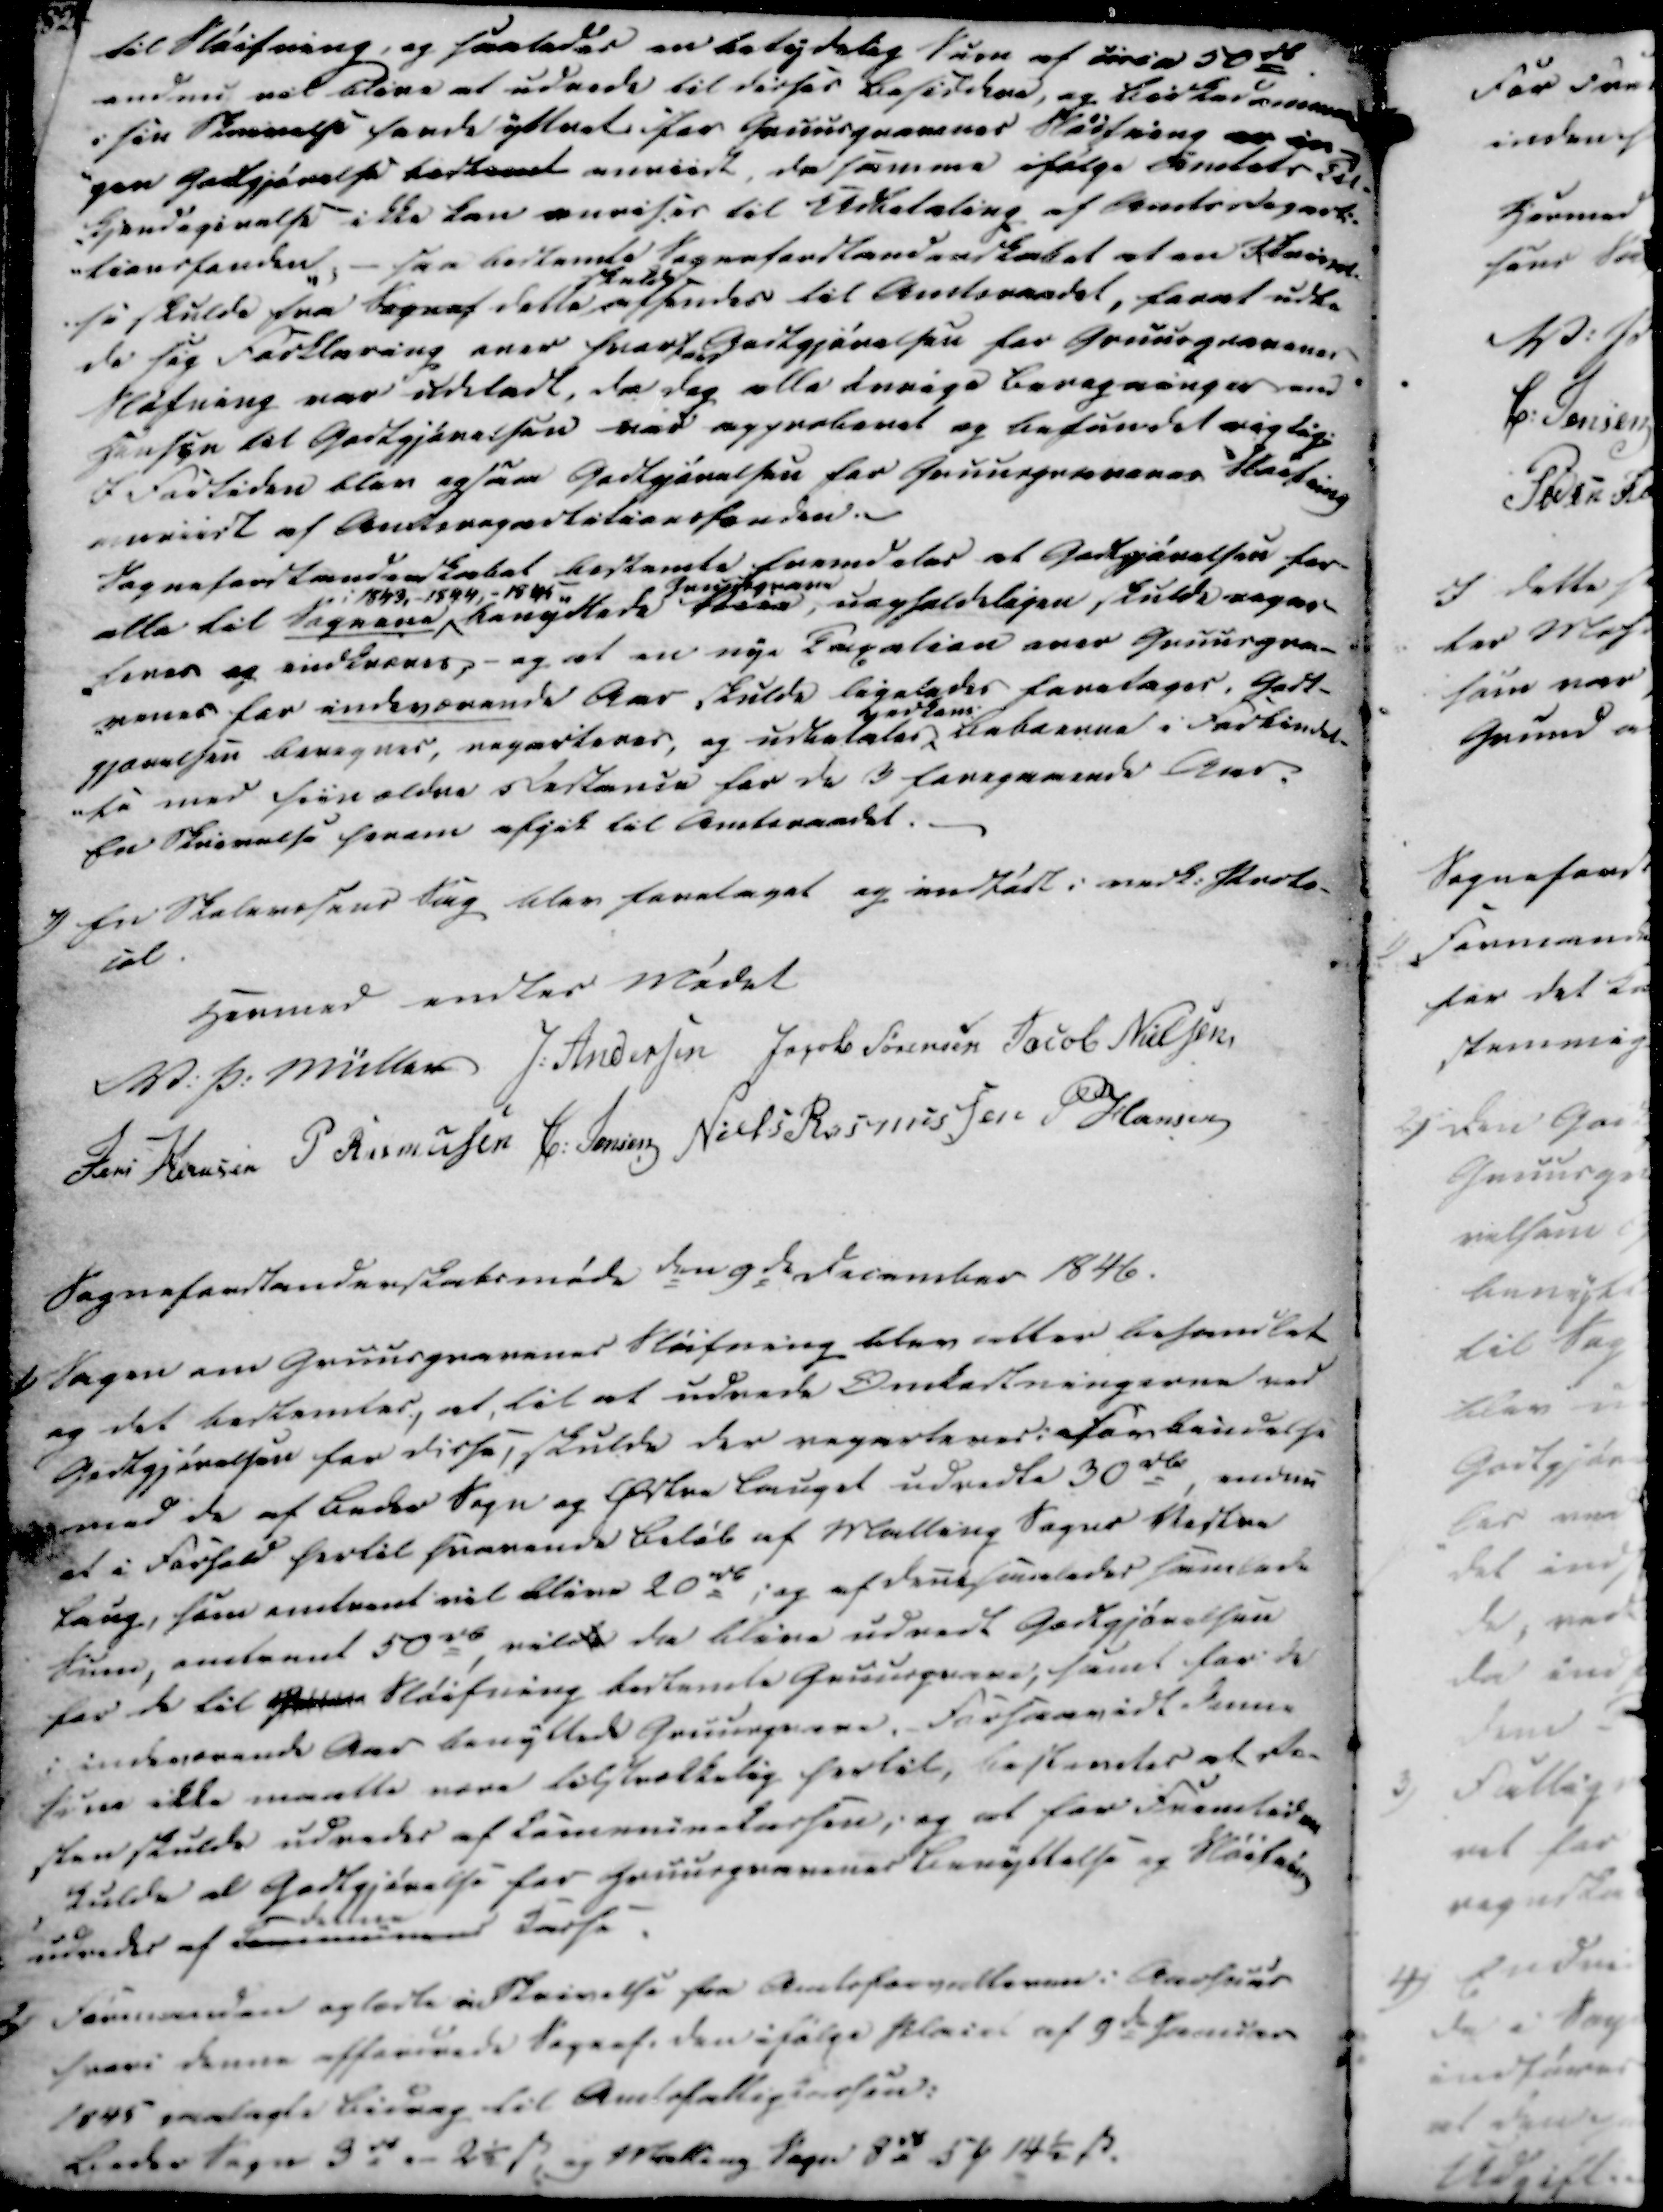
Transskription:
til Sløifning, og saaledes en betydelig Sum af øre a 50rd.
endnu vil blive at udrede til disses Besidere, og Birkedommeren
i sin Skrivelse havde yttret ifor Gruusgravenes Sløifning er in-
-gen Godtgjørelse bestemet anviist, da samme ifølge Amtets Til-
-kjendegivelse ikke kan anvises til Udbetaling af Amtsdepart-
-tionsfonden, - saa bestemte Sogneforstanderskabet at en Skrivel-
-se skulde fra Sognef dette skulde afsendes til Amtsraadet, forat udbe
de sig Forklaring over hvori Godtgjørelsen for Gruusgravenes
Sløifning var udeladt, da dog alle øvrige Beregninger med
Hensyn til Godtgjørelsen var approberet og befundet rigtig.
I Fortiden blev ogsaa Godtgjørelsen for Gruusgravenes Kastning
anviist af Amtsrepartitionsfonden.
Sogneforstanderskabet bestemte fremdeles at Godtgjørelsen for
alle til Sognene i 1843, - 1844, - 1845 benyttede Gruusgrave bleve, uopholdeligen skulde noger
lever og indtrænes, - og at en nye Taxation over Gruusgra-
-venes for indeværende Aar skulde ligeledes foretages. Godt-
gjørelsen beregnes, reparteres, og udbetales  Beboerne i Forbindel-
-se med siin ældre Restance for de 3 foregaaende Aar.
En Skrivelse herom afgik til Amtsraadet.

7)

En Skolevæsens Sag blev foretaget og indfødt i vedk. Proto-
col.

Hermed endtes Mødet

V. P. Müller
J. Andersen
Jacob Sørensen
Jacob Nielsen
Jens Hansen
P Rasmussen
C Jensen
Niels Rasmussen
P Hansen

Sogneforstanderskabsmøde den 9de December 1846.

1)

Sagen om Gruusgravenes Sløifning blev atter behandlet
og det bestemtes, at, til at udrede Omkostningerne ved
Godtgjørelsen for disse, skulde der reparteres i Forbindelse
med de af Beder Sogn og Østre Lauget udredte 30 rd, endnu
at i Forhold hertil svarende Beløb af Malling Sogns Vestre
Laug, som omtrent vil blive 20 rd, og af dent saaledes samlede
Sum, omtrent 50 rd, vilde da blive udredt Godtgjørelsen
for de til Gruus Sløifning bestemte Gruusgrave, samt for de
i indeværende Aar benyttede Gruusgrave. Forsaavidt denne
som ikke maatte være tilstrækkelig hertil, bestemtes at Re-
sten skulde udredes af Communekassen; og at for Fremtiden
skulde al Godtgjørelse for Gruusgravenes Benyttelse og Sløifning
udredes af Komunens

Kasse.

2)

Formanden oplæste en Skrivelse fra Amtsforvalteren i Aarhuus
hvori denne affordrede Sognef. den ifølge Pleiel af 9de Januar
1845 paalagte Bidrag til Amtsfattigkassen:
Beder Sogn 3 rd .- 2½ ẞ, og Malling Sogn 8 rd 5 ₻ 14½ ẞ.